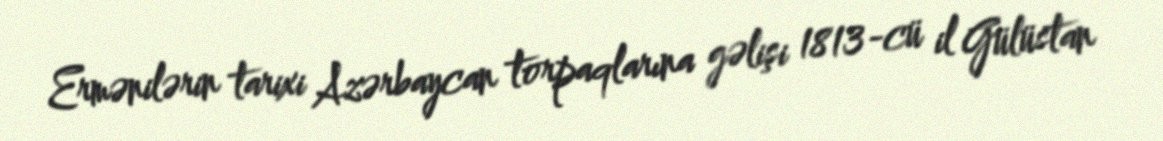
Ermənilərin tarixi Azərbaycan torpaqlarına gəlişi 1813-cü il Gülüstan